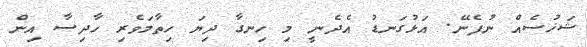
ޝަޚުސެއް ނުފެނޭ. އަޅުގަނޑު އެދެނީ މި ހިނގާ ދިޔަ ހިތާމަވެރި ހާދިސާ އިން